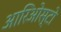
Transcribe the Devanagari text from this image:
आरिओस्टो